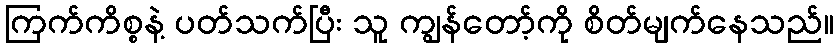
ကြက်ကိစ္စနဲ့ ပတ်သက်ပြီး သူ ကျွန်တော့်ကို စိတ်မျက်နေသည်။